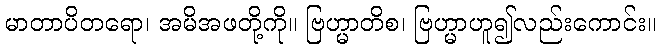
မာတာပိတရော၊ အမိအဖတို့ကို။ ဗြဟ္မာတိစ၊ ဗြဟ္မာဟူ၍လည်းကောင်း။